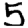
Digit: 5